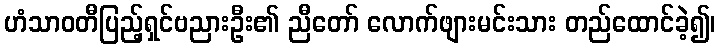
ဟံသာဝတီပြည့်ရှင်ဗညားဦး၏ ညီတော် လောက်ဖျားမင်းသား တည်ထောင်ခဲ့၍၊